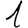
Digit: 1